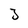
Character: J